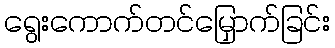
ရွေးကောက်တင်မြှောက်ခြင်း